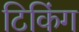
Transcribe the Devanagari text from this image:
टिकिंग